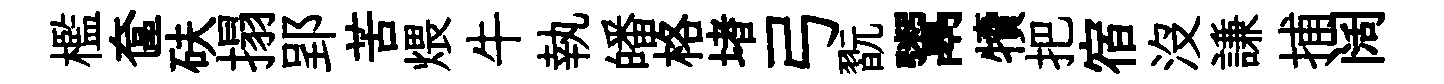
檻奩砆搨郢苦煨牛執皤格堵弓翫鬻犢把宿沒謙捕阔